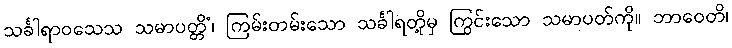
သင်္ခါရာဝသေသ သမာပတ္တိံ၊ ကြမ်းတမ်းသော သင်္ခါရတို့မှ ကြွင်းသော သမာပတ်ကို။ ဘာဝေတိ၊